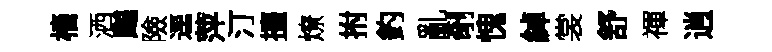
檣洒飇險逕萍汀擡燎拊釣亂剞愧綽裳舒禈逍